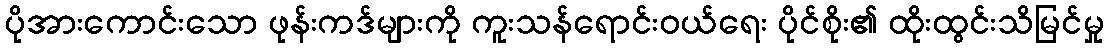
ပိုအားကောင်းသော ဖုန်းကဒ်များကို ကူးသန်ရောင်းဝယ်ရေး ပိုင်စိုး၏ ထိုးထွင်းသိမြင်မှု